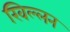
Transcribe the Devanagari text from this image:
खिल्लन